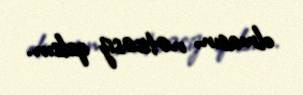
olmasın, nəticəsiz qalsın.